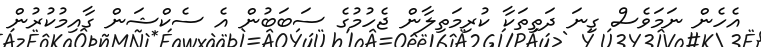
އެހެން ނަމަވެސް ގިނަ ދަތިތަކާ ކުރިމަތިލާން ޖެހުމުގެ ސަބަބުން އެ ސެކްޝަން ގާއިމުކުރުން